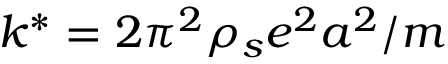
k ^ { * } = 2 \pi ^ { 2 } \rho _ { s } e ^ { 2 } a ^ { 2 } / m